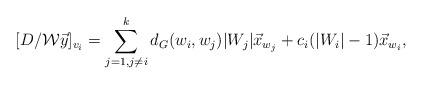
LaTeX: \begin{align*}[D/\mathcal{W} \vec{y}]_{v_i}=\sum_{j=1,j\neq i}^{k}d_G(w_i,w_j)|W_j|\vec{x}_{w_j} +c_i(|W_i|-1)\vec{x}_{w_i},\end{align*}